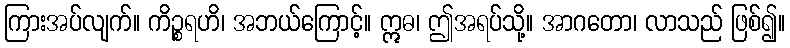
ကြားအပ်လျက်။ ကိဉ္စရဟိ၊ အဘယ်ကြောင့်။ ဣဓ၊ ဤအရပ်သို့။ အာဂတော၊ လာသည် ဖြစ်၍။